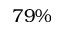
7 9 \%